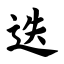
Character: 迭